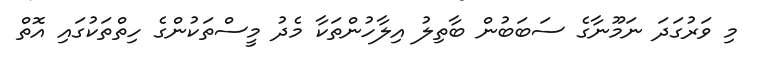
މި ވަރުގަދަ ނަމޫނާގެ ސަބަބުން ބާތިލު އިލާހުންތަކާ މެދު މީސްތަކުންގެ ހިތްތަކުގައި އޮތް